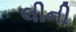
લીની